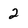
Character: 2